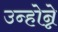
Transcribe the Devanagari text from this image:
उन्होन्ने